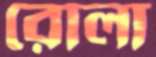
রোলা